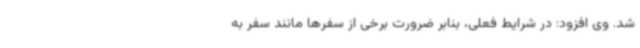
شد. وی افزود: در شرایط فعلی، بنابر ضرورت برخی از سفرها مانند سفر به